DOW-UAP-D49, Launch Summary, Vandenberg AFB, 2000
Agency: Department of War
Incident date: 2/3/00
Page 39
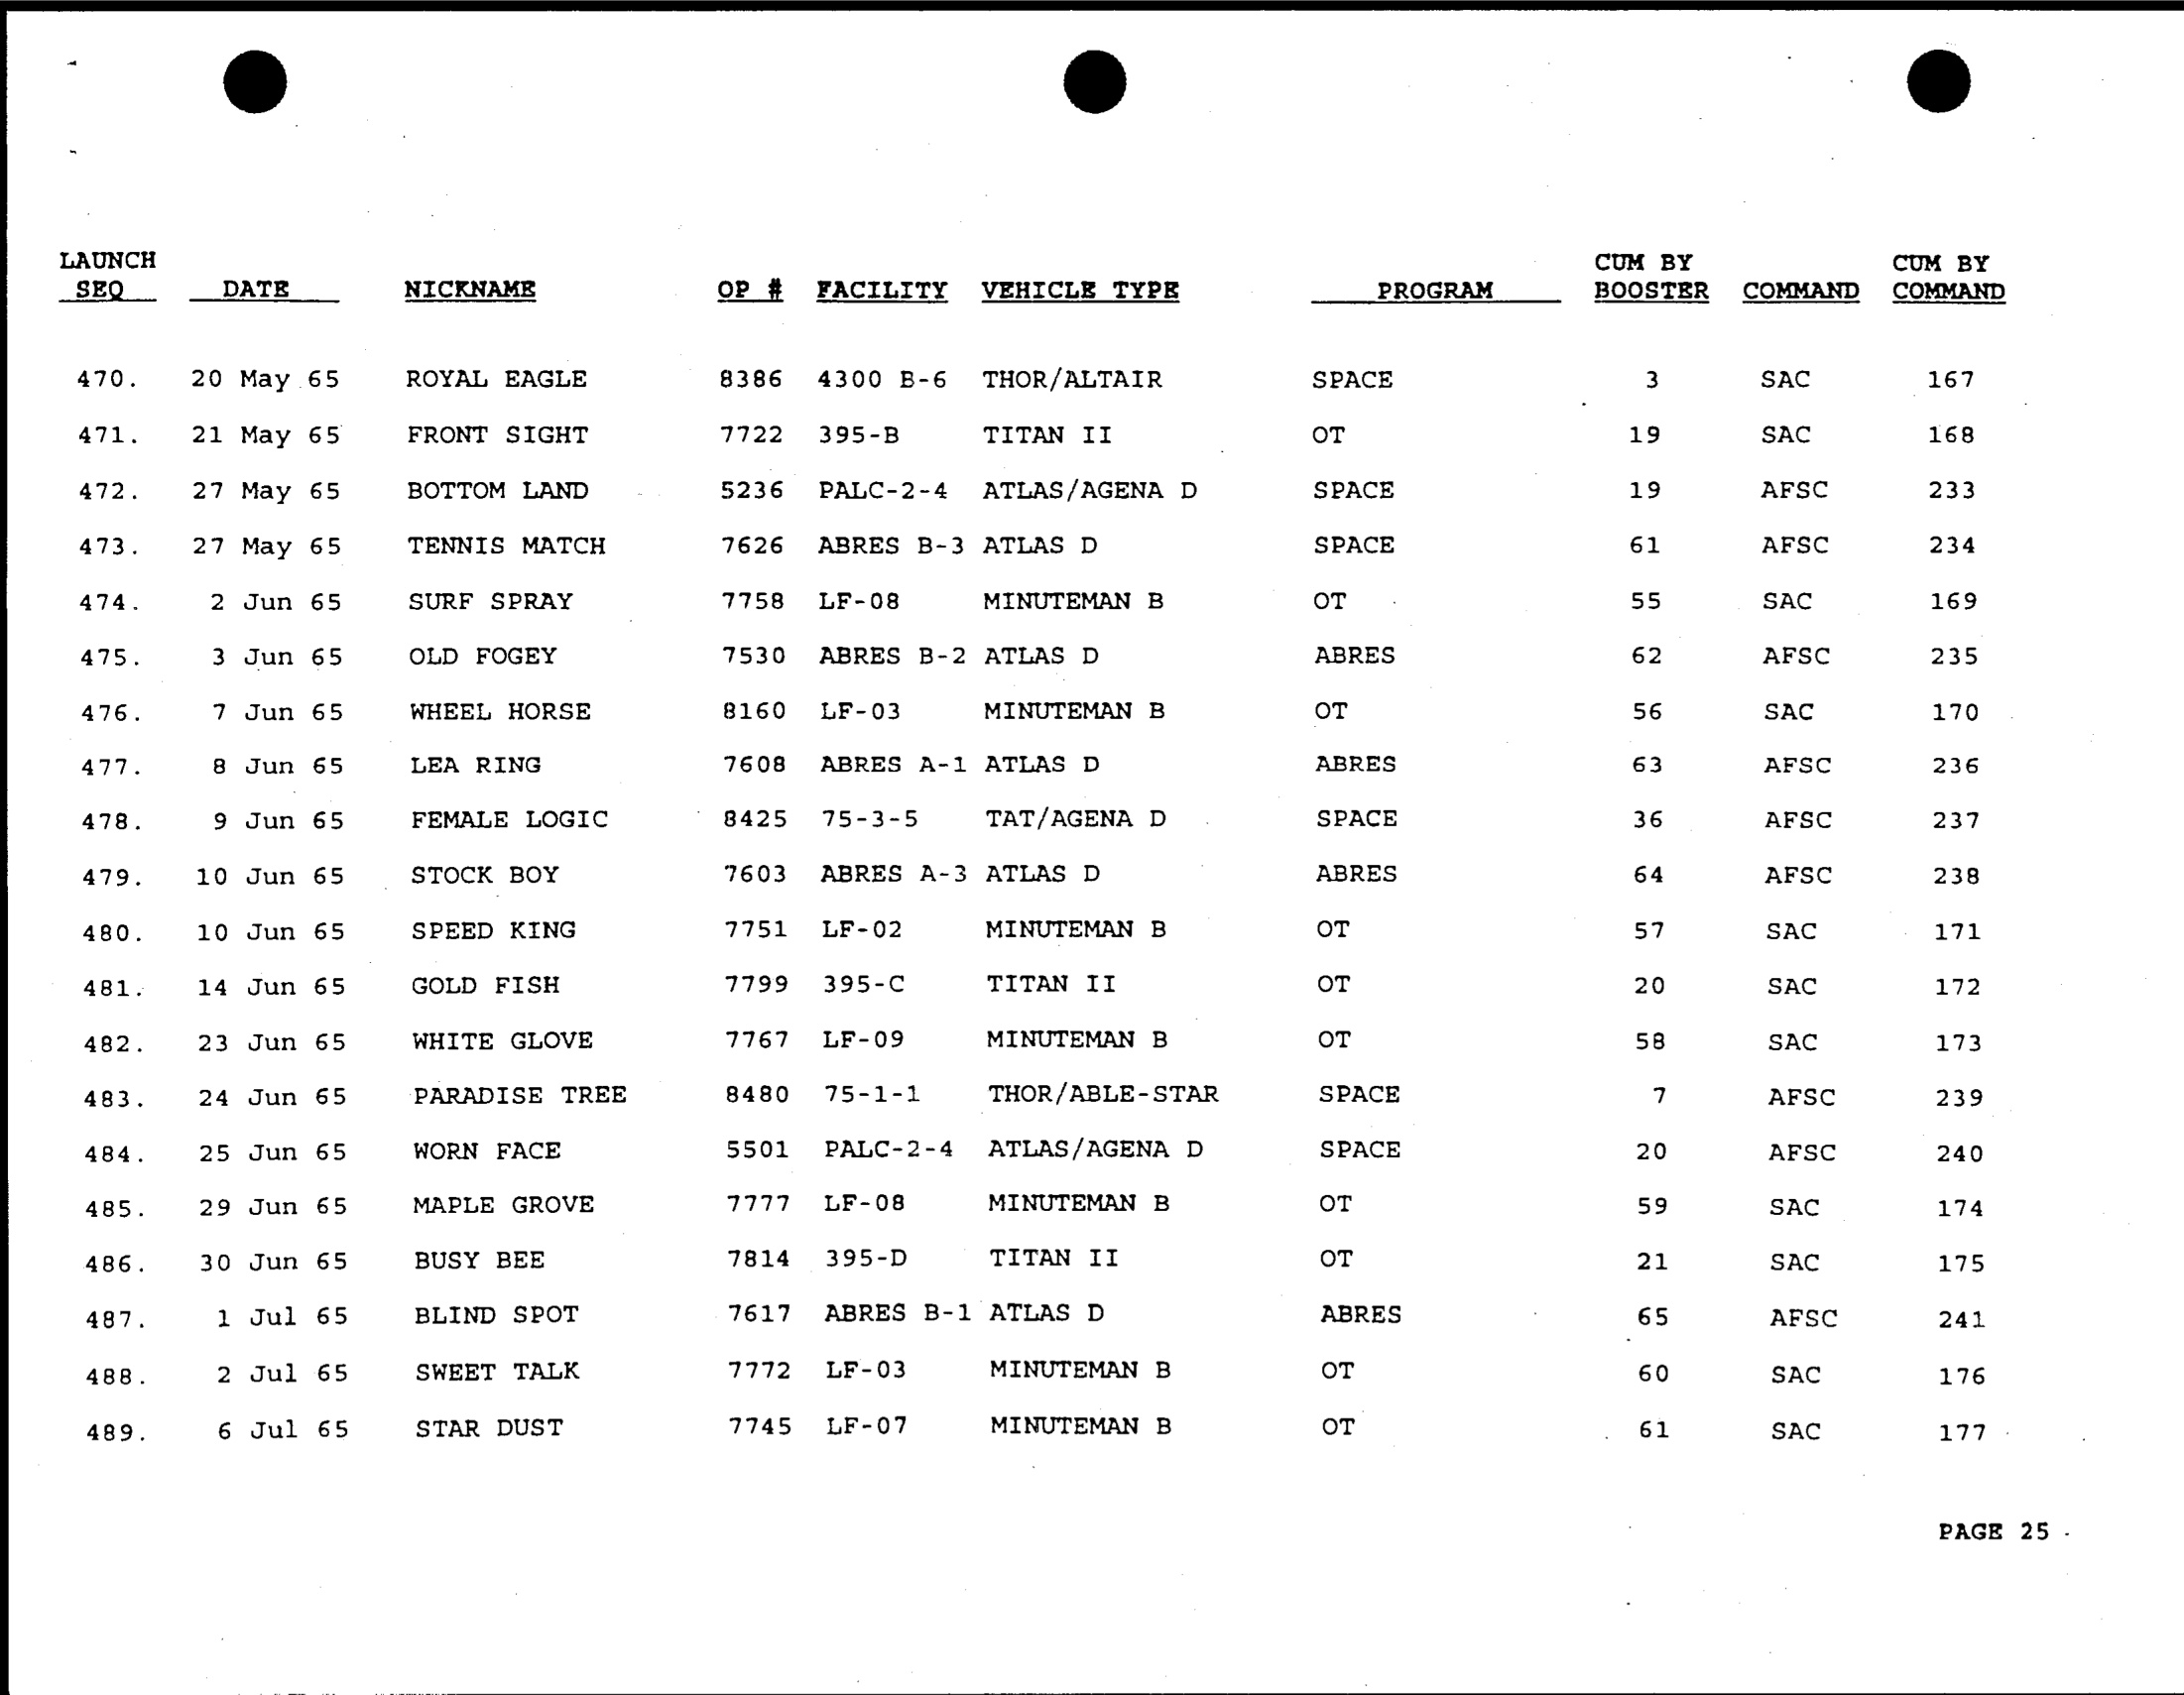